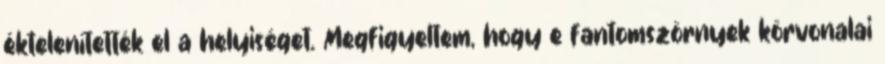
éktelenítették el a helyiséget. Megfigyeltem, hogy e fantomszörnyek körvonalai